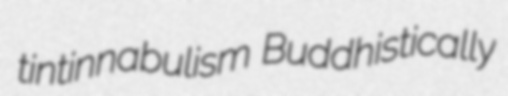
tintinnabulism Buddhistically